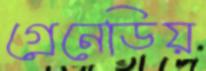
গ্রেনেডিয়